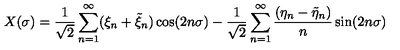
X ( \sigma ) = { \frac { 1 } { \sqrt { 2 } } } \sum _ { n = 1 } ^ { \infty } ( \xi _ { n } + \tilde { \xi } _ { n } ) \cos ( 2 n \sigma ) - { \frac { 1 } { \sqrt { 2 } } } \sum _ { n = 1 } ^ { \infty } { \frac { ( \eta _ { n } - \tilde { \eta } _ { n } ) } { n } } \sin ( 2 n \sigma )